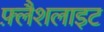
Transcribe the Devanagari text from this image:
फ़्लैशलाइट